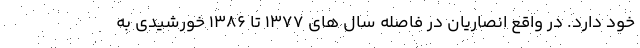
خود دارد. در واقع انصاریان در فاصله سال های ۱۳۷۷ تا ۱۳۸۶ خورشیدی به